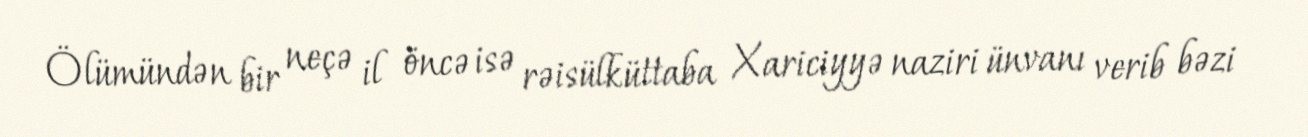
Ölümündən bir neçə il öncə isə rəisülküttaba Xariciyyə naziri ünvanı verib bəzi